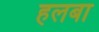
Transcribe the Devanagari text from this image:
हलबा